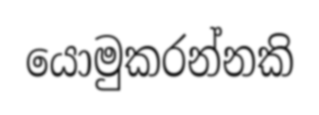
යොමුකරන්නකි